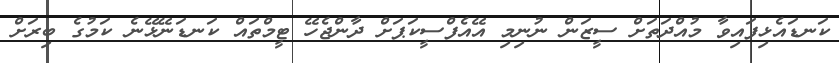
ކަނޑައެޅިފައިވާ މުއްދަތަށް ސީޒަން ނުނިމި އޭއެފްސީކަޕަށް ދާންޖެހޭ ޓީމްތައް ކަނޑަނޭޅޭނެ ކަމުގެ ބިރަށް